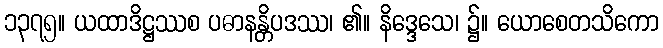
၁၃၇၅။ ယထာဒိဋ္ဌဿစ ပဓာနန္တိပဒဿ၊ ၏။ နိဒ္ဒေသေ၊ ၌။ ယောစေတသိကော